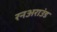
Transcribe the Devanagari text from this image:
रनअराउंड